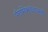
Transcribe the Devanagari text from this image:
पैरामिक्सोवायरसों